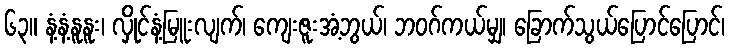
၆၃။ နံ့နံ့နူနူး၊ လှိုင်နံ့မြူးလျက်၊ ကျေးဇူးအံ့ဘွယ်၊ ဘဝဂ်ကယ်မျှ၊ ခြောက်သွယ်ပြောင်ပြောင်၊